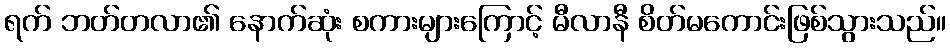
ရက် ဘတ်တလာ၏ နောက်ဆုံး စကားများကြောင့် မီလာနီ စိတ်မကောင်းဖြစ်သွားသည်။